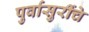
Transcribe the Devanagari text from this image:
पुर्वासुरींचे